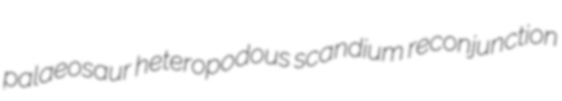
palaeosaur heteropodous scandium reconjunction